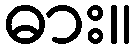
ဓား။